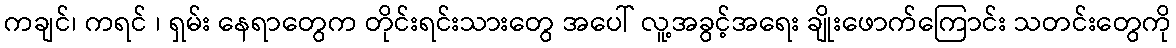
ကချင်၊ ကရင် ၊ ရှမ်း နေရာတွေက တိုင်းရင်းသားတွေ အပေါ် လူ့အခွင့်အရေး ချိုးဖောက်ကြောင်း သတင်းတွေကို